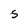
Character: s